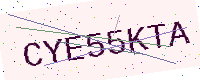
Text: CYE55KTA